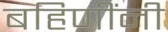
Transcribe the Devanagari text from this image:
बहिणींनी